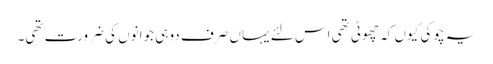
یہ چوکی کیوں کہ چھوٹی تھی اس لئے یہاں صرف دو ہی جوانوں کی ضرورت تھی۔